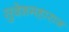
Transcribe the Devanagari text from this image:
सुदेशमहाराज